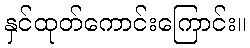
နှင်ထုတ်ကောင်းကြောင်း။